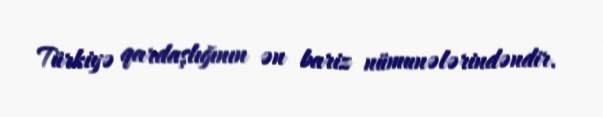
Türkiyə qardaşlığının ən bariz nümunələrindəndir.